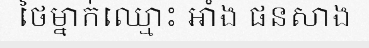
ថៃម្នាក់ឈ្មោះ អាំង ផនសាង